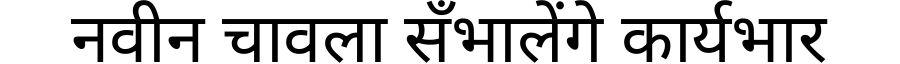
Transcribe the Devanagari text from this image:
नवीन चावला सँभालेंगे कार्यभार